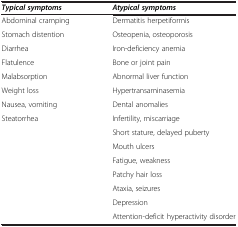
<table><thead><tr><td><b><i>Typical symptoms</i></b></td><td><b><i>Atypical symptoms</i></b></td></tr></thead><tbody><tr><td>Abdominal cramping</td><td>Dermatitis herpetiformis</td></tr><tr><td>Stomach distention</td><td>Osteopenia, osteoporosis</td></tr><tr><td>Diarrhea</td><td>Iron-deficiency anemia</td></tr><tr><td>Flatulence</td><td>Bone or joint pain</td></tr><tr><td>Malabsorption</td><td>Abnormal liver function</td></tr><tr><td>Weight loss</td><td>Hypertransaminasemia</td></tr><tr><td>Nausea, vomiting</td><td>Dental anomalies</td></tr><tr><td>Steatorrhea</td><td>Infertility, miscarriage</td></tr><tr><td> </td><td>Short stature, delayed puberty</td></tr><tr><td> </td><td>Mouth ulcers</td></tr><tr><td> </td><td>Fatigue, weakness</td></tr><tr><td> </td><td>Patchy hair loss</td></tr><tr><td> </td><td>Ataxia, seizures</td></tr><tr><td> </td><td>Depression</td></tr><tr><td> </td><td>Attention-deficit hyperactivity disorder</td></tr></tbody></table>